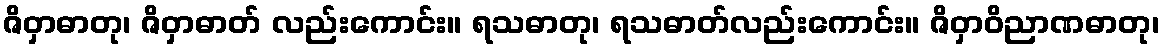
ဇိဝှာဓာတု၊ ဇိဝှာဓာတ် လည်းကောင်း။ ရသဓာတု၊ ရသဓာတ်လည်းကောင်း။ ဇိဝှာဝိညာဏဓာတု၊